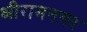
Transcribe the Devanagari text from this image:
श्रीरामनगर